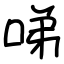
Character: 㖒